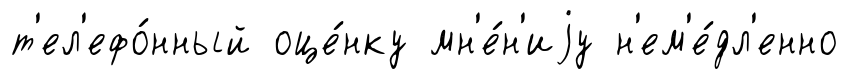
т'ел'ефо́нный оце́нку мн'е́н'иjу н'ем'е́дл'енно